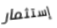
إستثمار